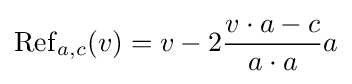
\operatorname {Ref} _{a,c}(v)=v-2{\frac {v\cdot a-c}{a\cdot a}}a